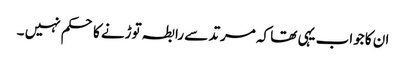
ان کا جواب یہی تھا کہ مرتد سے رابطہ توڑنے کا حکم نہیں ۔